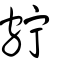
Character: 𡨹